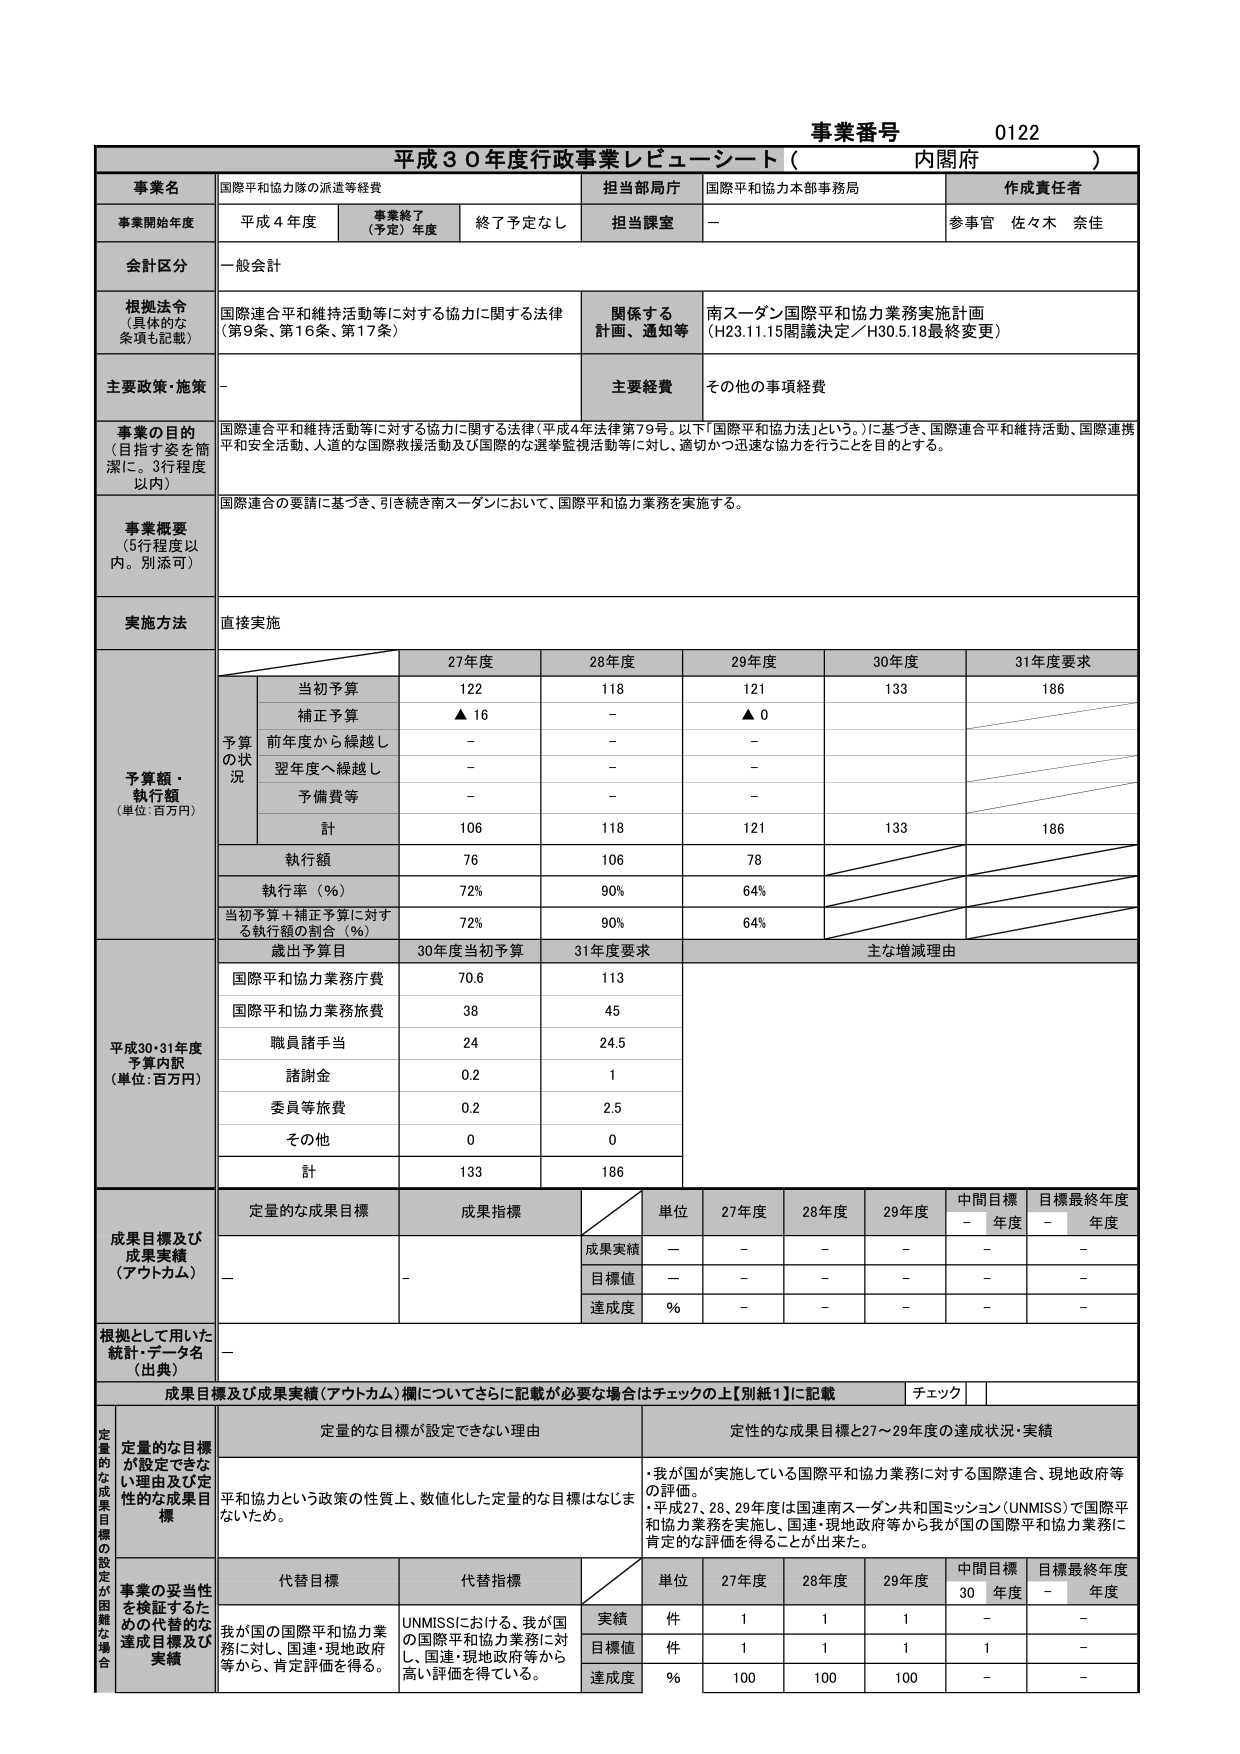
事業番号 0122
平成３０年度行政事業レビューーシート（内閣府）

事業名 国際平和協力隊の派遣等経費
担当部局 国際平和協力本部事務局
作成責任者 参事官 佐々木 奈佳

事業開始年度 平成４年度
事業終了（予定）年度 終了予定なし
担当課室 －

会計区分 一般会計

根拠法令（具体的な条項も記載）
国際連合平和維持活動等に対する協力に関する法律（第9条、第16条、第17条）
関係する計画、通知等 南スーダン国際平和協力業務実施計画（H23.11.15閣議決定／H30.5.18最終変更）

主要政策・施策 －
主要経費 その他の事項経費

事業の目的（目指す姿を簡潔に。3行程度以内）
国際連合平和維持活動等に対する協力に関する法律（平成4年法律第79号。以下「国際平和協力法」という。）に基づき、国際連合平和維持活動、国際連携平和安全活動、人道的な国際救援活動及び国際的な選挙監視活動等に対し、適切かつ迅速な協力を行うことを目的とする。

事業概要（5行程度以内。別添可）
国際連合の要請に基づき、引き続き南スーダンにおいて、国際平和協力業務を実施する。

実施方法 直接実施

予算額・執行額（単位：百万円）
予算の状況
当初予算 122 118 121 133 186
補正予算 ▲16 － ▲0
前年度から繰越し － － －
翌年度へ繰越し － － －
予備費等 － － －
計 106 118 121 133 186
執行額 76 106 78
執行率（％） 72％ 90％ 64％
当初予算＋補正予算に対する執行額の割合（％） 72％ 90％ 64％

歳出予算目
平成30・31年度予算内訳（単位：百万円）
30年度当初予算 31年度要求 主な増減理由
国際平和協力業務庁費 70.6 113
国際平和協力業務旅費 38 45
職員諸手当 24 24.5
諸謝金 0.2 1
委員等旅費 0.2 2.5
その他 0 0
計 133 186

成果目標及び成果実績（アウトカム）
定量的な成果目標 成果指標 単位 27年度 28年度 29年度 中間目標年度 目標最終年度年度
成果実績 － － － － － －
目標値 － － － － － －
達成度 ％ － － － － －

根拠として用いた統計・データ名（出典） －

成果目標及び成果実績（アウトカム）についてさらに記載が必要な場合はチェックの上【別紙1】に記載 チェック

定量的な成果目標の設定が困難な場合
定量的な目標が設定できない理由
平和協力という政策の性質上、数値化した定量的な目標はなじまないため。
定性的な成果目標と27～29年度の達成状況・実績
・我が国が実施している国際平和協力業務に対する国際連合、現地政府等の評価。
・平成27、28、29年度は国連南スーダン共和国ミッション（UNMISS）で国際平和協力業務を実施し、国連・現地政府等から我が国の国際平和協力業務に肯定的な評価を得ることが出来た。

代替目標 代替指標
単位 27年度 28年度 29年度 中間目標30年度 目標最終年度年度
実績 件 1 1 1 － －
目標値 件 1 1 1 1 －
達成度 ％ 100 100 100 － －

事業の妥当性を検証するための代替的な達成目標及び実績
我が国の国際平和協力業務に対し、国連・現地政府等から、肯定評価を得る。
UNMISSにおける、我が国の国際平和協力業務に対し、国連・現地政府等から高い評価を得ている。